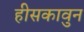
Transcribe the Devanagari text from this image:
हीसकावुन